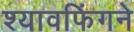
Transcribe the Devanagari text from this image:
श्यावफिंगने